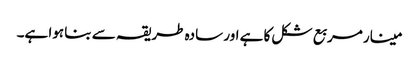
مینار مربع شکل کا ہے اور سادہ طریقہ سے بنا ہوا ہے۔